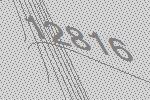
12816